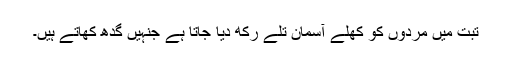
تبت میں مردوں کو کھلے آسمان تلے رکھ دیا جاتا ہے جنہیں گدھ کھاتے ہیں۔